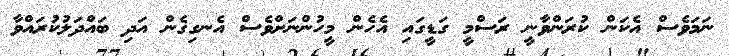
ނަމަވެސް އެކަން ކުރަންވާނީ ރަސްމީ ގަޑީގައި އެހެން މީހުންނަށްވެސް އެނގިގެން އަދި ބައްދަލުކުރައްވާ